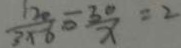
\frac { 1 2 0 } { 3 \times 6 } - \frac { 3 0 } { x } = 2